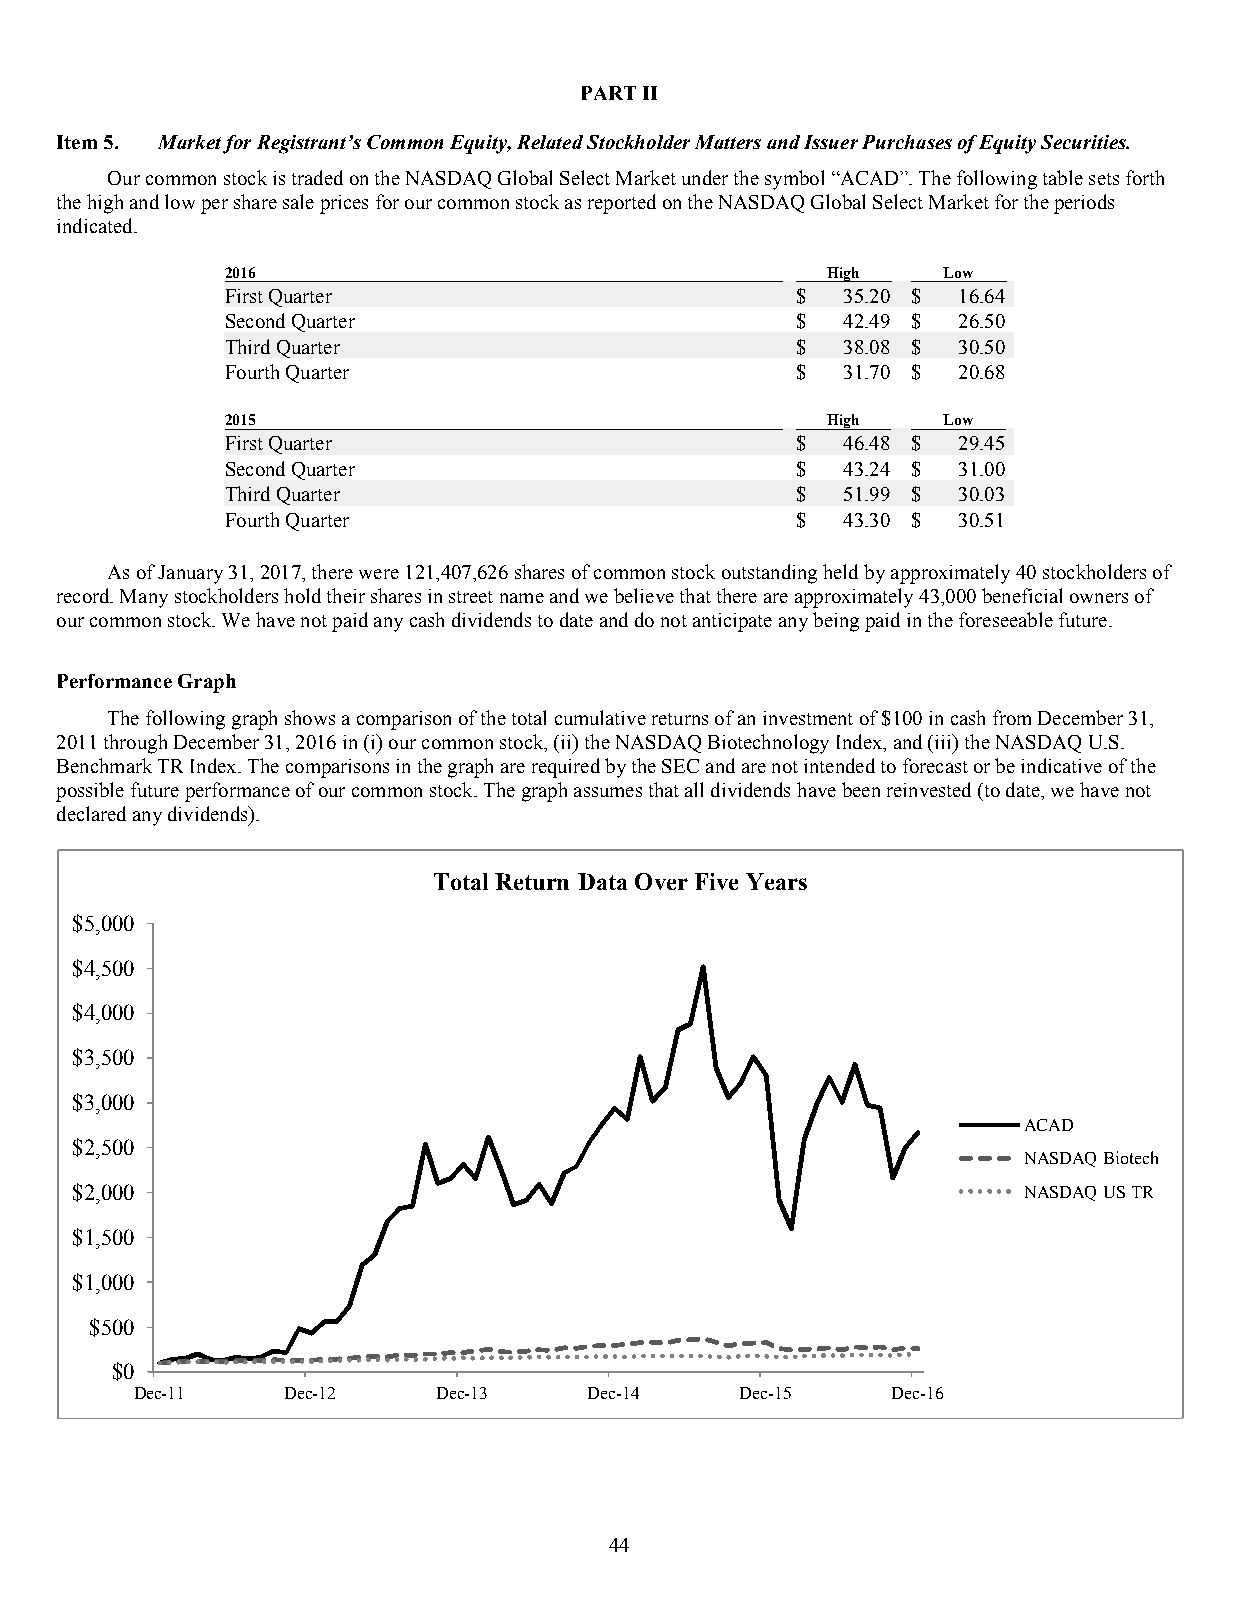
PART II
 Item 5. Market for Registrant’s Common Equity, Related Stockholder Matters and Issuer Purchases of Equity Securities.
 Our common stock is traded on the NASDAQ Global Select Market under the symbol “ACAD”. The following table sets forth
 the high and low per share sale prices for our common stock as reported on the NASDAQ Global Select Market for the periods
 indicated.
 2016                                    High    Low
 First Quarter                         $  35.20 $ 16.64
 Second Quarter                        $  42.49 $ 26.50
 Third Quarter                         $  38.08 $ 30.50
 Fourth Quarter                        $  31.70 $ 20.68
 2015                                    High    Low
 First Quarter                         $  46.48 $ 29.45
 Second Quarter                        $  43.24 $ 31.00
 Third Quarter                         $  51.99 $ 30.03
 Fourth Quarter                        $  43.30 $ 30.51
 As of January 31, 2017, there were 121,407,626 shares of common stock outstanding held by approximately 40 stockholders of
 record. Many stockholders hold their shares in street name and we believe that there are approximately 43,000 beneficial owners of
 our common stock. We have not paid any cash dividends to date and do not anticipate any being paid in the foreseeable future.
 Performance Graph
 The following graph shows a comparison of the total cumulative returns of an investment of $100 in cash from December 31,
 2011 through December 31, 2016 in (i) our common stock, (ii) the NASDAQ Biotechnology Index, and (iii) the NASDAQ U.S.
 Benchmark TR Index. The comparisons in the graph are required by the SEC and are not intended to forecast or be indicative of the
 possible future performance of our common stock. The graph assumes that all dividends have been reinvested (to date, we have not
 declared any dividends).
 Total Return Data Over Five Years
 $5,000
 $4,500
 $4,000
 $3,500
 $3,000
 ACAD
 $2,500
 NASDAQ Biotech
 $2,000                                                         NASDAQ US TR
 $1,500
 $1,000
 $500
 $0
 Dec-11    Dec-12    Dec-13    Dec-14     Dec-15    Dec-16
 44